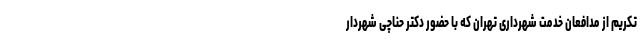
تکریم از مدافعان خدمت شهرداری تهران که با حضور دکتر حناچی شهردار